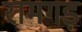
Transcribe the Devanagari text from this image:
रामगड़